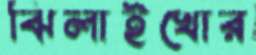
ঝিলাইখোর